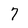
Character: 7